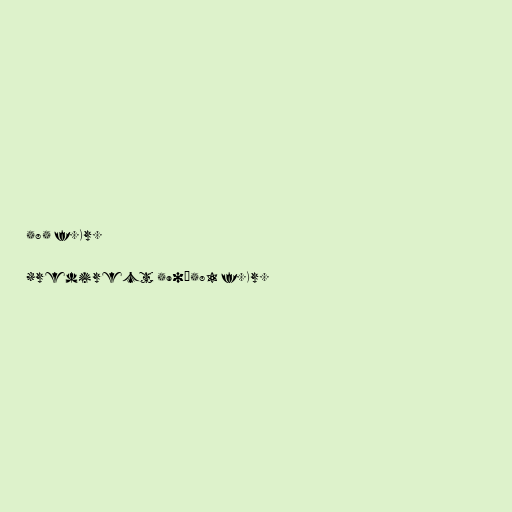
585 f.Kr.

#redirect 590–581 f.Kr.